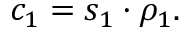
\begin{array} { r } { c _ { 1 } = s _ { 1 } \cdot \rho _ { 1 } . } \end{array}